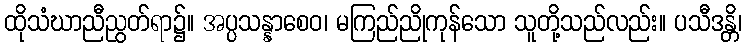
ထိုသံဃာညီညွတ်ရာ၌။ အပ္ပသန္နာစေဝ၊ မကြည်ညိုကုန်သော သူတို့သည်လည်း။ ပသီဒန္တိ၊